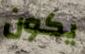
يكون